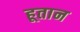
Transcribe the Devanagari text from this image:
हूतान